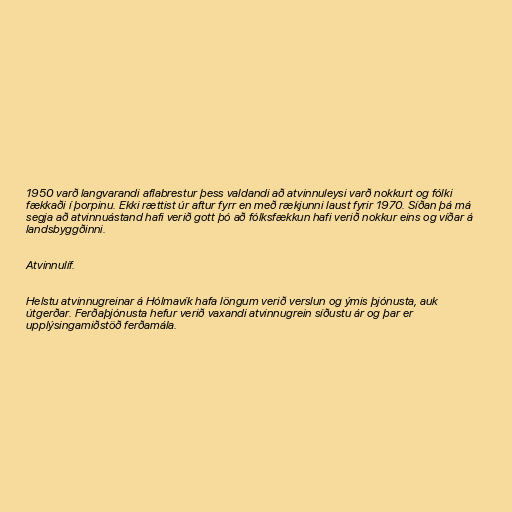
1950 varð langvarandi aflabrestur þess valdandi að atvinnuleysi varð nokkurt og fólki
fækkaði í þorpinu. Ekki rættist úr aftur fyrr en með rækjunni laust fyrir 1970. Síðan þá má
segja að atvinnuástand hafi verið gott þó að fólksfækkun hafi verið nokkur eins og víðar á
landsbyggðinni.

Atvinnulíf.

Helstu atvinnugreinar á Hólmavík hafa löngum verið verslun og ýmis þjónusta, auk
útgerðar. Ferðaþjónusta hefur verið vaxandi atvinnugrein síðustu ár og þar er
upplýsingamiðstöð ferðamála.